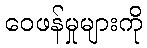
ဝေဖန်မှုများကို